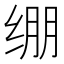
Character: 绷